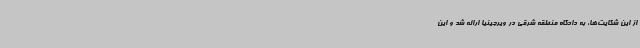
از این شکایت‌ها، به دادگاه منطقه شرقی در ویرجینیا ارائه شد و این